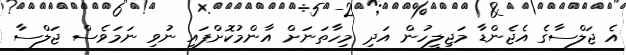
އެ ޖަލްސާގެ އެޖެންޑާ މަޖިލީހުން އަދި މިހާތަނަށް އާންމުކޮށްފައި ނުވި ނަމަވެސް ޖަލްސާ